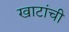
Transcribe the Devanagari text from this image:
खाटांची